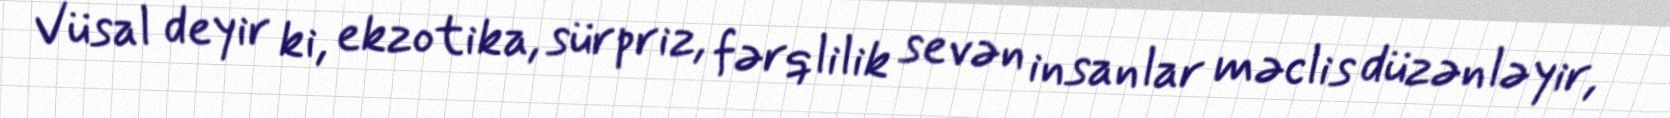
Vüsal deyir ki, ekzotika, sürpriz, fərqlilik sevən insanlar məclis düzənləyir,